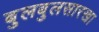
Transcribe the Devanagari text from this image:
बुलबुलसारखा